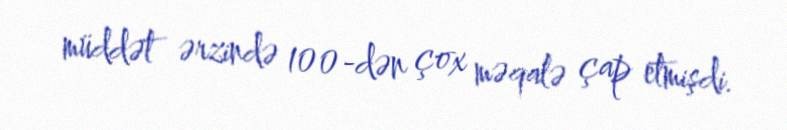
müddət ərzində 100-dən çox məqalə çap etmişdi.